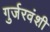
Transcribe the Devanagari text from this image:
गुर्जरवंशी